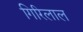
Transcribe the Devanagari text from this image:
गिरिलाल